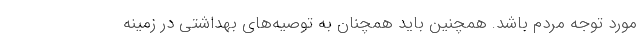
مورد توجه مردم باشد. همچنین باید همچنان به توصیه‌های بهداشتی در زمینه